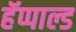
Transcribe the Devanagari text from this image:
हॅप्पाल्ड